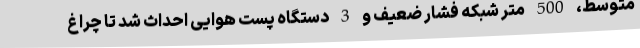
متوسط، 500 متر شبکه فشار ضعیف و 3 دستگاه پست هوایی احداث شد تا چراغ